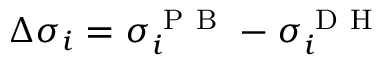
\Delta \sigma _ { i } = \sigma _ { i } ^ { \mathrm { ~ P ~ B ~ } } - \sigma _ { i } ^ { \mathrm { ~ D ~ H ~ } }